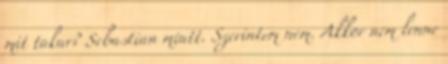
mit takar? Sebastian miatt. Szerintem nem. Akkor nem lenne